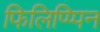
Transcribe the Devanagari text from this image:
फिलिप्प्पिन